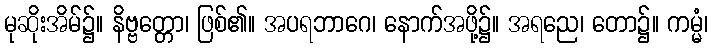
မုဆိုးအိမ်၌။ နိဗ္ဗတ္တော၊ ဖြစ်၏။ အပရဘာဂေ၊ နောက်အဖို့၌။ အရညေ၊ တော၌။ ကမ္မံ၊